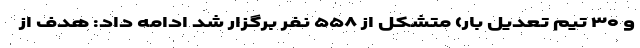
و ۳۰ تیم تعدیل بار) متشکل از ۵۵۸ نفر برگزار شد ادامه داد: هدف از